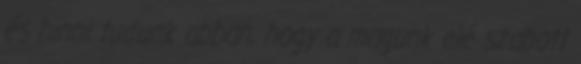
és hinni tudunk abban, hogy a magunk elé szabott